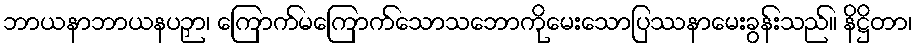
ဘာယနာဘာယနပဉှာ၊ ကြောက်မကြောက်သောသဘောကိုမေးသောပြဿနာမေးခွန်းသည်။ နိဋ္ဌိတာ၊